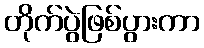
တိုက်ပွဲဖြစ်ပွားကာ